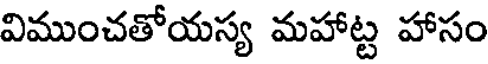
విముంచతోయస్య మహాట్ట హాసం